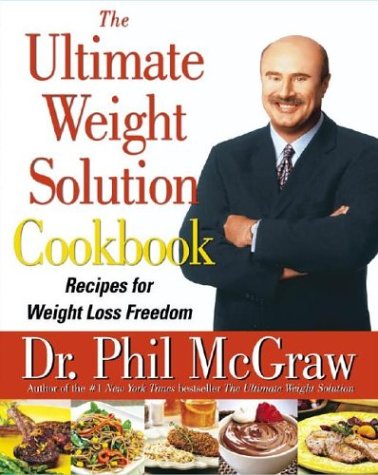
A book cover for The Ultimate Weight Solution Cookbook: Recipes for Weight Loss Freedom; Dr. Phil McGraw; Cookbooks, Food & Wine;